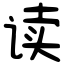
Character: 读